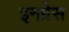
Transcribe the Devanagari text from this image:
इनग्रेस